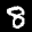
Label: 8